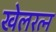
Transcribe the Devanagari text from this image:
खेलरत्‍न